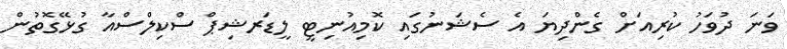
ވަނަ ދުވަހު ކުރިއަށް ގެންދިޔަ އެ ސެޝަނުގައި ކޮމިއުނިޓީ ލީޑަރޝިޕް ސްކިލްސްއާ ގުޅޭގޮތުން